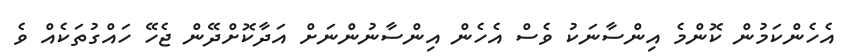
އެހެންކަމުން ކޮންމެ އިންސާނަކު ވެސް އެހެން އިންސާނުންނަށް އަދާކޮށްދޭން ޖެހޭ ހައްގުތަކެއް ވެ